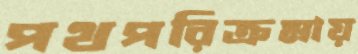
পথপরিক্রমায়